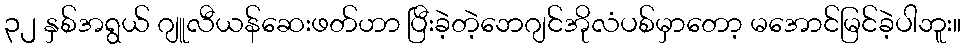
၃၂ နှစ်အရွယ် ဂျူလီယန်ဆေးဖတ်ဟာ ပြီးခဲ့တဲ့ဘေဂျင်အိုလံပစ်မှာတော့ မအောင်မြင်ခဲ့ပါဘူး။